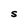
Character: S